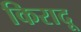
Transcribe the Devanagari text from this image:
किरादू